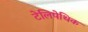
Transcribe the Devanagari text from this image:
टेलिपेथिक